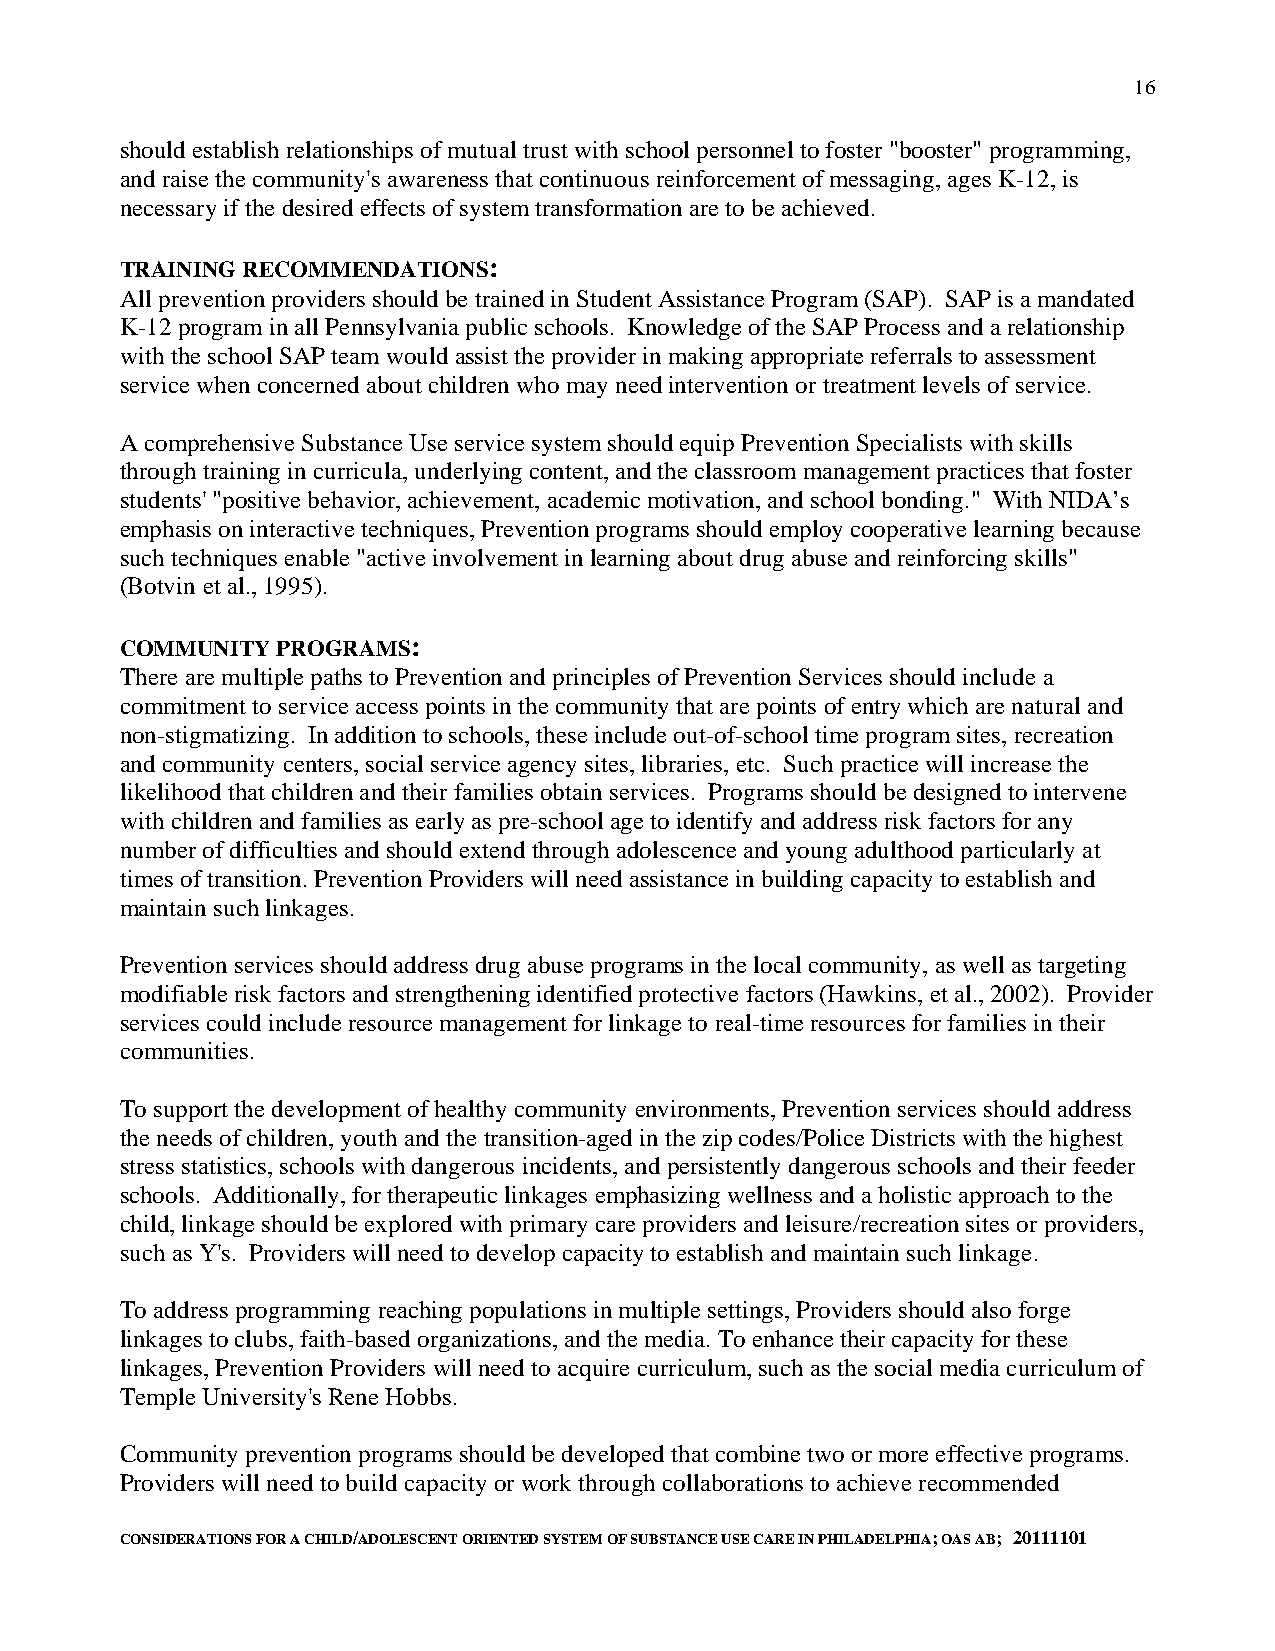
16
 should establish relationships of mutual trust with school personnel to foster "booster" programming,
 and raise the community's awareness that continuous reinforcement of messaging, ages K-12, is
 necessary if the desired effects of system transformation are to be achieved.
 TRAINING RECOMMENDATIONS:
 All prevention providers should be trained in Student Assistance Program (SAP). SAP is a mandated
 K-12 program in all Pennsylvania public schools. Knowledge of the SAP Process and a relationship
 with the school SAP team would assist the provider in making appropriate referrals to assessment
 service when concerned about children who may need intervention or treatment levels of service.
 A comprehensive Substance Use service system should equip Prevention Specialists with skills
 through training in curricula, underlying content, and the classroom management practices that foster
 students' "positive behavior, achievement, academic motivation, and school bonding." With NIDA’s
 emphasis on interactive techniques, Prevention programs should employ cooperative learning because
 such techniques enable "active involvement in learning about drug abuse and reinforcing skills"
 (Botvin et al., 1995).
 COMMUNITY PROGRAMS:
 There are multiple paths to Prevention and principles of Prevention Services should include a
 commitment to service access points in the community that are points of entry which are natural and
 non-stigmatizing. In addition to schools, these include out-of-school time program sites, recreation
 and community centers, social service agency sites, libraries, etc. Such practice will increase the
 likelihood that children and their families obtain services. Programs should be designed to intervene
 with children and families as early as pre-school age to identify and address risk factors for any
 number of difficulties and should extend through adolescence and young adulthood particularly at
 times of transition. Prevention Providers will need assistance in building capacity to establish and
 maintain such linkages.
 Prevention services should address drug abuse programs in the local community, as well as targeting
 modifiable risk factors and strengthening identified protective factors (Hawkins, et al., 2002). Provider
 services could include resource management for linkage to real-time resources for families in their
 communities.
 To support the development of healthy community environments, Prevention services should address
 the needs of children, youth and the transition-aged in the zip codes/Police Districts with the highest
 stress statistics, schools with dangerous incidents, and persistently dangerous schools and their feeder
 schools. Additionally, for therapeutic linkages emphasizing wellness and a holistic approach to the
 child, linkage should be explored with primary care providers and leisure/recreation sites or providers,
 such as Y's. Providers will need to develop capacity to establish and maintain such linkage.
 To address programming reaching populations in multiple settings, Providers should also forge
 linkages to clubs, faith-based organizations, and the media. To enhance their capacity for these
 linkages, Prevention Providers will need to acquire curriculum, such as the social media curriculum of
 Temple University's Rene Hobbs.
 Community prevention programs should be developed that combine two or more effective programs.
 Providers will need to build capacity or work through collaborations to achieve recommended
 CONSIDERATIONS FOR A CHILD/ADOLESCENT ORIENTED SYSTEM OF SUBSTANCE USE CARE IN PHILADELPHIA; OAS AB; 20111101